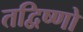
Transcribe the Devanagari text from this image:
तद्विष्णो